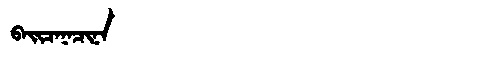
Manchu: ᠪᠠᡳᠴᠠᠨᠠᠴᡳᠨᠠ
Romanization: BAICANACINA